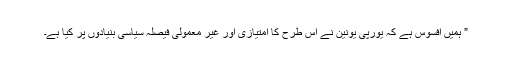
” ہمیں افسوس ہے کہ یورپی یونین نے اس طرح کا امتیازی اور غیر معمولی فیصلہ سیاسی بنیادوں پر کیا ہے۔